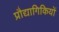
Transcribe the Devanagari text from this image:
प्रौद्यागिकियों